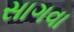
સાગવા